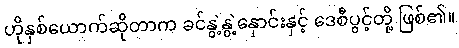
ဟိုနှစ်ယောက်ဆိုတာက ခင်နွဲ့နွဲ့နှောင်းနှင့် ဒေစီပွင့်တို့ ဖြစ်၏။